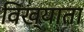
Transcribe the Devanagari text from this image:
विख्याता